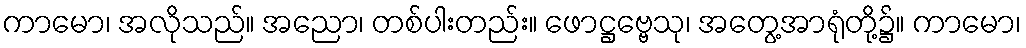
ကာမော၊ အလိုသည်။ အညော၊ တစ်ပါးတည်း။ ဖောဋ္ဌဗ္ဗေသု၊ အတွေ့အာရုံတို့၌။ ကာမော၊